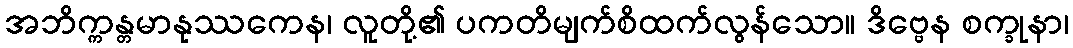
အဘိက္ကန္တမာနုဿကေန၊ လူတို့၏ ပကတိမျက်စိထက်လွန်သော။ ဒိဗ္ဗေန စက္ခုနာ၊